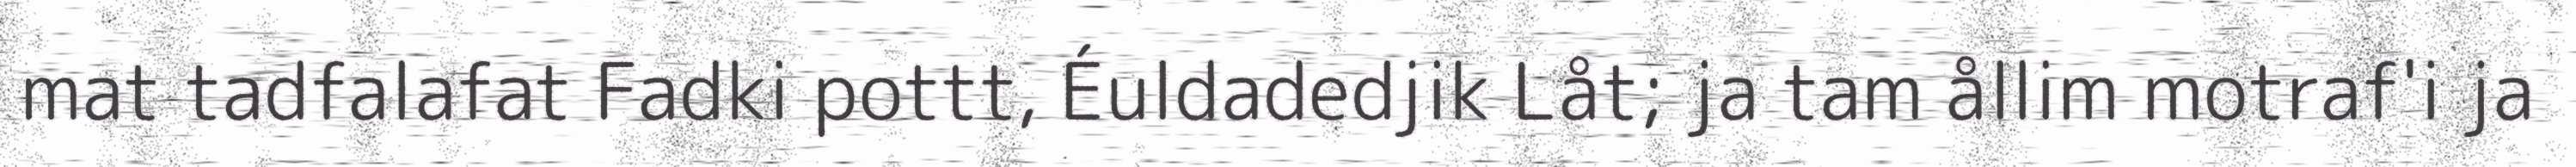
mat tadfalafat Fadki pottt, Éuldadedjik Låt; ja tam ållim motraf'i ja